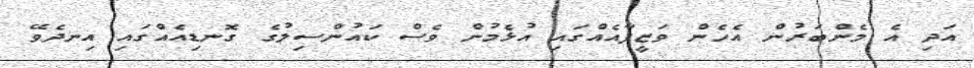
އަދި އެ މެންބަރުން އެހެން ވަޒީފާއެއްގައި އުޅެމުން ވެސް ކައުންސިލުގެ ގޮނޑިއެއްގައި އިނދެވޭ